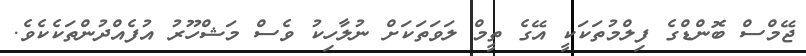
ޖޭމްސް ބޮންޑްގެ ފިލްމުތަކަކީ އޭގެ ތީމް ލަވަތަކަށް ނުލާހިކު ވެސް މަޝްހޫރު އުފެއްދުންތަކެކެވެ.